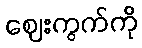
ဈေးကွက်ကို